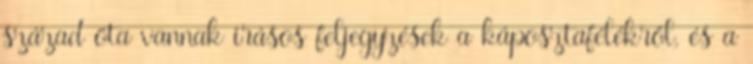
század óta vannak írásos feljegyzések a káposztafélékről, és a